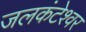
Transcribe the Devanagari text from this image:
जलकंटेश्वर